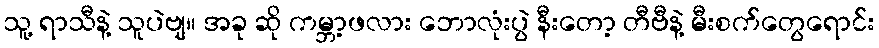
သူ့ ရာသီနဲ့ သူပဲဗျ။ အခု ဆို ကမ္ဘာ့ဖလား ဘောလုံးပွဲ နီးတော့ တီဗီနဲ့ မီးစက်တွေရောင်း